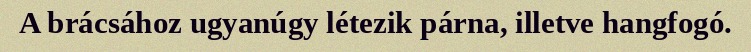
A brácsához ugyanúgy létezik párna, illetve hangfogó.